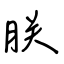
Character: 朕